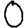
Digit: 0